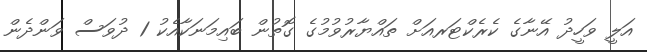
އަލީ ވަހީދު އޭނާގެ ކެރެކްޓަރއަށް ތައްޔާރުވުމުގެ ގޮތުން ބައިމަނަކާއެކު 1 ދުވަސް ވަންދެން